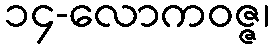
၁၄-လောကဝဇ္ဇ၊